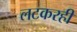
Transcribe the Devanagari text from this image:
लटकरही